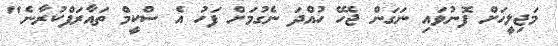
މަޖިލީހަށް ފޮނުވައި ނަގަން ޖެހޭ ހުއްދަ ނެގުމަށް ފަހު އެ ސްކީމް ތައާރަފްކުރާނެ"